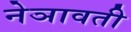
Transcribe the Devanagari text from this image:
नेञावती